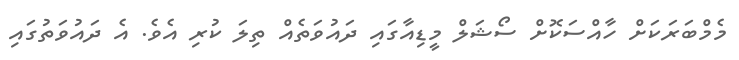
މެމްބަރަކަށް ހާއްސަކޮށް ސޯޝަލް މީޑިއާގައި ދައުވަތެއް ތިލަ ކުރި އެވެ. އެ ދައުވަތުގައި